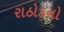
રાઠોડનો